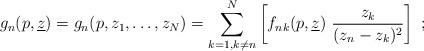
LaTeX: \begin{align*}g_{n}(p,\underline{z})=g_{n}(p,z_{1},\ldots ,z_{N})=\sum_{k=1,k\neq n}^{N}\left[ f_{nk}(p,\underline{z})~\frac{z_{k}}{(z_{n}-z_{k})^{2}}\right] ~;\end{align*}